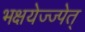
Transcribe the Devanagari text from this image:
भक्षयेज्ज्पेत्